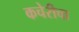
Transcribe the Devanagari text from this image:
कचेरीचा